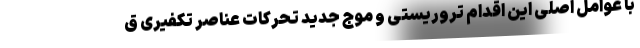
با عوامل اصلی این اقدام تروریستی و موج جدید تحرکات عناصر تکفیری ق